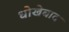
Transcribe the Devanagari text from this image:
धोखेबाद